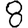
Digit: 8